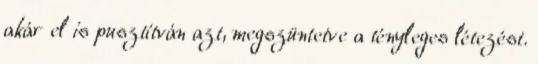
akár el is pusztítván azt, megszüntetve a tényleges létezést.